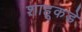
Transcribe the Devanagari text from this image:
शाहूकडे